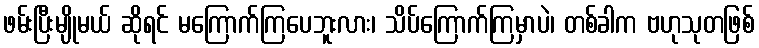
ဖမ်းပြီးမျိုမယ် ဆိုရင် မကြောက်ကြပေဘူးလား၊ သိပ်ကြောက်ကြမှာပဲ၊ တစ်ခါက ဗဟုသုတဖြစ်